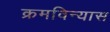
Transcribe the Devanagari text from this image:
क्रमविन्यास